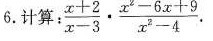
6.计算： $$\frac{x+2}{x-3} \cdot \frac{x^{2}-6x+9}{x^{2}-4}$$ .